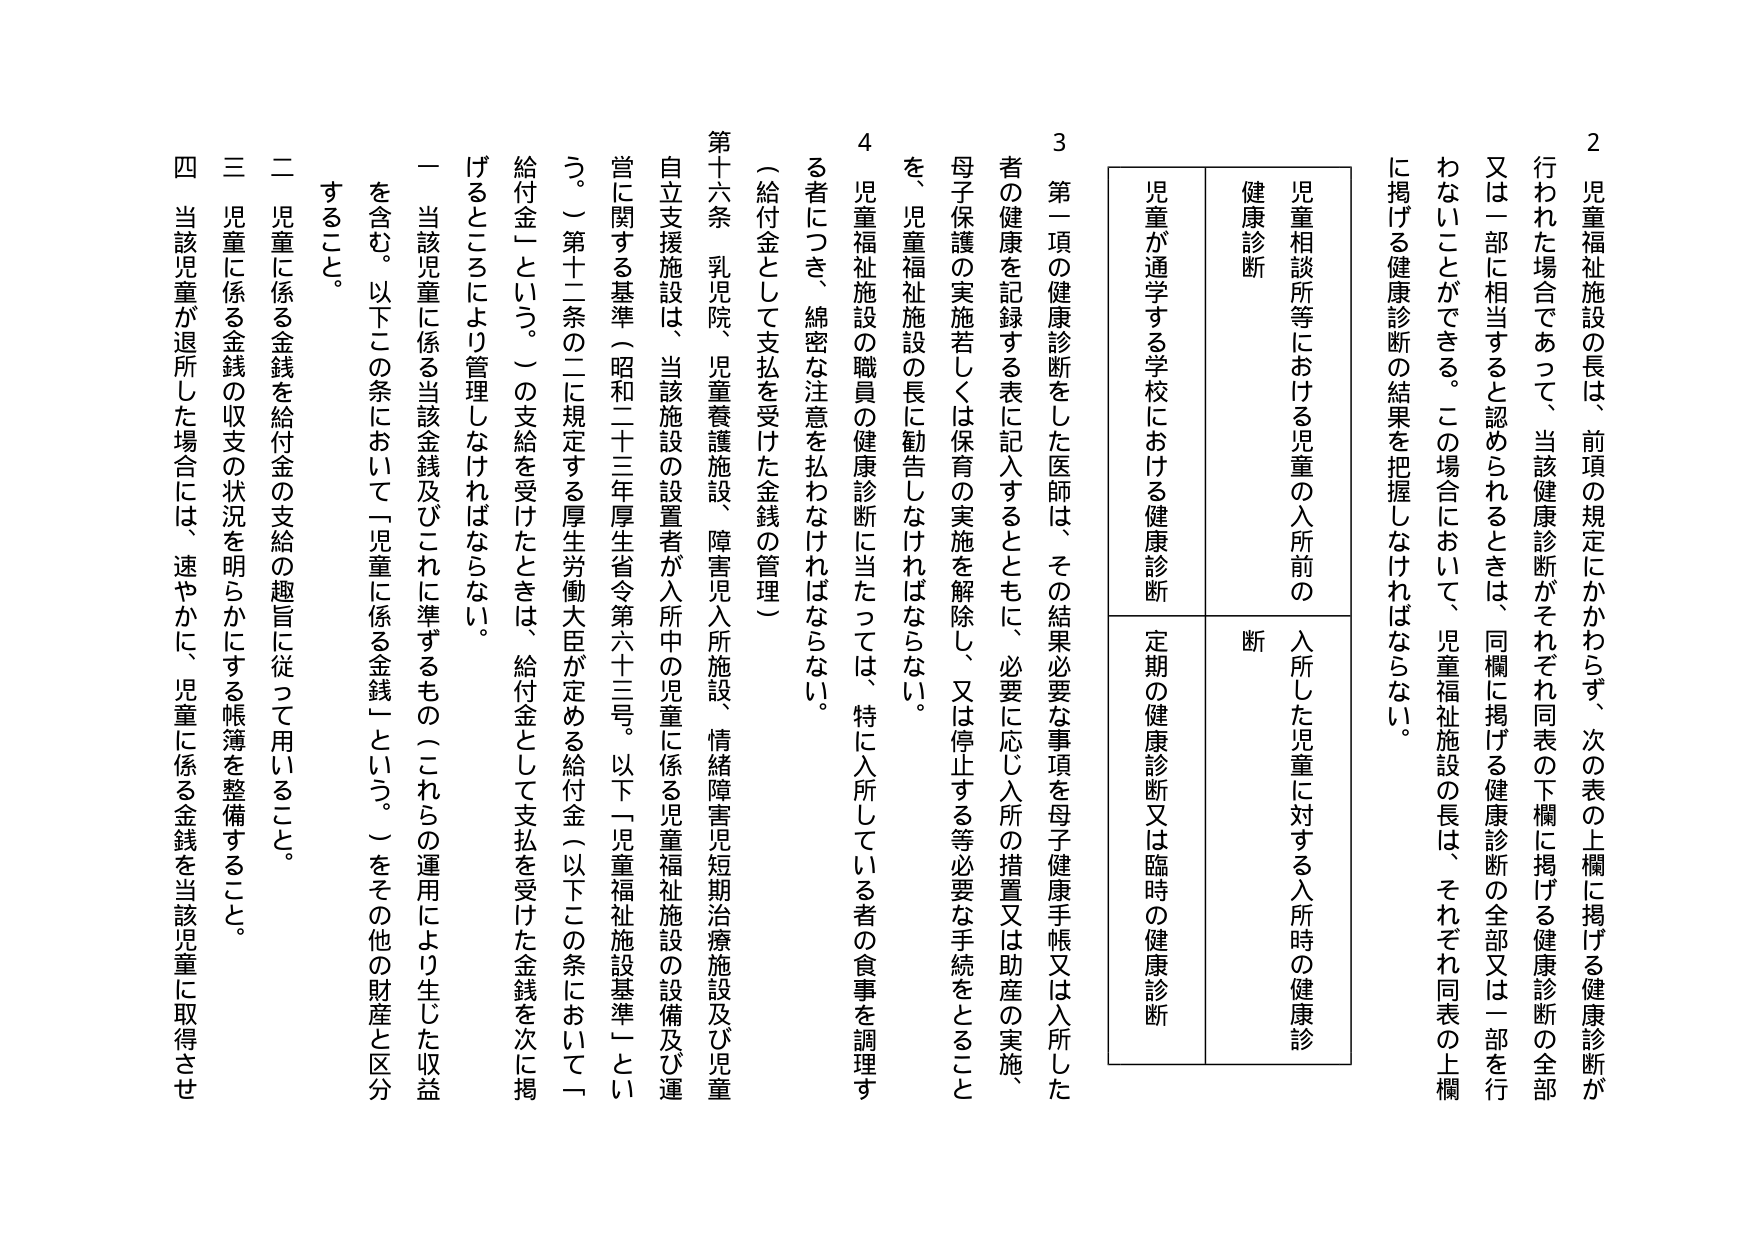
2 児童福祉施設の長は、前項の規定にかかわらず、次の表の上欄に掲げる健康診断が行われた場合であって、当該健康診断がそれぞれ同表の下欄に掲げる健康診断の全部又は一部に相当すると認められるときは、同欄に掲げる健康診断の全部又は一部を行わないことができる。この場合において、児童福祉施設の長は、それぞれ同表の上欄に掲げる健康診断の結果を把握しなければならない。

児童相談所等における児童の入所前の健康診断
児童が通学する学校における健康診断
入所した児童に対する入所時の健康診断
定期の健康診断又は臨時の健康診断

3 第一項の健康診断をした医師は、その結果必要な事項を母子健康手帳又は入所した者の健康を記録する表に記入するとともに、必要に応じ入所の措置又は助産の実施、母子保護の実施若しくは保育の実施を解除し、又は停止する等必要な手続をとることを、児童福祉施設の長に勧告しなければならない。

4 児童福祉施設の職員の健康診断に当たっては、特に入所している者の食事を調理する者につき、綿密な注意を払わなければならない。

（給付金として支払を受けた金銭の管理）

第十六条 乳児院、児童養護施設、障害児入所施設、情緒障害児短期治療施設及び児童自立支援施設は、当該施設の設置者が入所中の児童に係る児童福祉施設の設備及び運営に関する基準（昭和二十三年厚生省令第六十三号。以下「児童福祉施設基準」という。）第十二条の二に規定する厚生労働大臣が定める給付金（以下この条において「給付金」という。）の支給を受けたときは、給付金として支払を受けた金銭を次に掲げるところにより管理しなければならない。

一 当該児童に係る当該金銭及びこれに準ずるもの（これらの運用により生じた収益を含む。以下この条において「児童に係る金銭」という。）をその他の財産と区分すること。

二 児童に係る金銭を給付金の支給の趣旨に従って用いること。

三 児童に係る金銭の収支の状況を明らかにする帳簿を整備すること。

四 当該児童が退所した場合には、速やかに、児童に係る金銭を当該児童に取得させること。